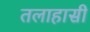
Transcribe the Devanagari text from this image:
तलाहासी